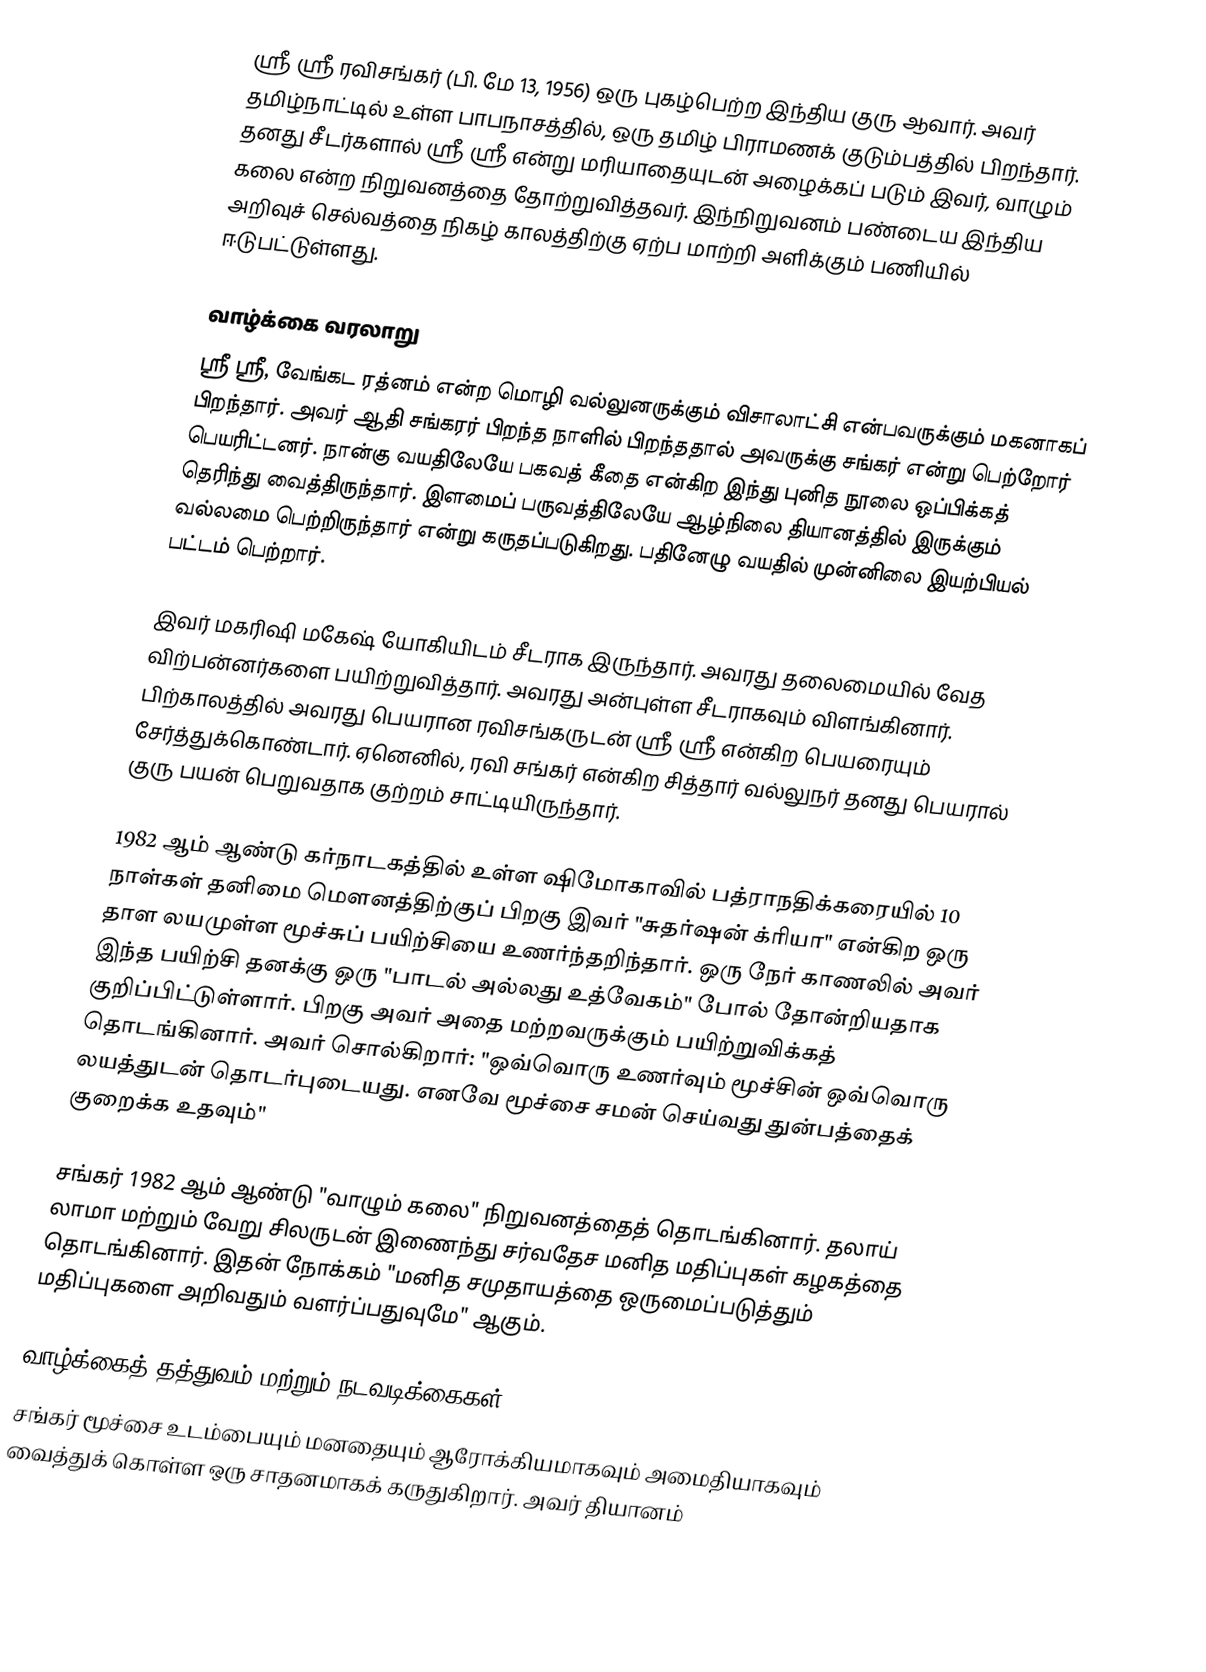
ஸ்ரீ ஸ்ரீ ரவிசங்கர் (பி. மே 13, 1956) ஒரு புகழ்பெற்ற இந்திய குரு ஆவார். அவர் தமிழ்நாட்டில் உள்ள பாபநாசத்தில், ஒரு தமிழ் பிராமணக் குடும்பத்தில் பிறந்தார். தனது சீடர்களால் ஸ்ரீ ஸ்ரீ என்று மரியாதையுடன் அழைக்கப் படும் இவர், வாழும் கலை என்ற நிறுவனத்தை தோற்றுவித்தவர். இந்நிறுவனம் பண்டைய இந்திய அறிவுச் செல்வத்தை நிகழ் காலத்திற்கு ஏற்ப மாற்றி அளிக்கும் பணியில் ஈடுபட்டுள்ளது.

வாழ்க்கை வரலாறு
ஸ்ரீ ஸ்ரீ, வேங்கட ரத்னம் என்ற மொழி வல்லுனருக்கும் விசாலாட்சி என்பவருக்கும் மகனாகப் பிறந்தார். அவர் ஆதி சங்கரர் பிறந்த நாளில் பிறந்ததால் அவருக்கு சங்கர் என்று பெற்றோர் பெயரிட்டனர். நான்கு வயதிலேயே பகவத் கீதை என்கிற இந்து புனித நூலை ஒப்பிக்கத் தெரிந்து வைத்திருந்தார். இளமைப் பருவத்திலேயே ஆழ்நிலை தியானத்தில் இருக்கும் வல்லமை பெற்றிருந்தார் என்று கருதப்படுகிறது. பதினேழு வயதில் முன்னிலை இயற்பியல் பட்டம் பெற்றார்.

இவர் மகரிஷி மகேஷ் யோகியிடம் சீடராக இருந்தார். அவரது தலைமையில் வேத விற்பன்னர்களை பயிற்றுவித்தார். அவரது அன்புள்ள சீடராகவும் விளங்கினார். பிற்காலத்தில் அவரது பெயரான ரவிசங்கருடன் ஸ்ரீ ஸ்ரீ என்கிற பெயரையும் சேர்த்துக்கொண்டார். ஏனெனில், ரவி சங்கர் என்கிற சித்தார் வல்லுநர் தனது பெயரால் குரு பயன் பெறுவதாக குற்றம் சாட்டியிருந்தார்.

1982 ஆம் ஆண்டு கர்நாடகத்தில் உள்ள ஷிமோகாவில் பத்ராநதிக்கரையில் 10 நாள்கள் தனிமை மௌனத்திற்குப் பிறகு இவர் "சுதர்ஷன் க்ரியா" என்கிற ஒரு தாள லயமுள்ள மூச்சுப் பயிற்சியை உணர்ந்தறிந்தார். ஒரு நேர் காணலில் அவர் இந்த பயிற்சி தனக்கு ஒரு "பாடல் அல்லது உத்வேகம்" போல் தோன்றியதாக குறிப்பிட்டுள்ளார். பிறகு அவர் அதை மற்றவருக்கும் பயிற்றுவிக்கத் தொடங்கினார். அவர் சொல்கிறார்: "ஒவ்வொரு உணர்வும் மூச்சின் ஒவ்வொரு லயத்துடன் தொடர்புடையது. எனவே மூச்சை சமன் செய்வது துன்பத்தைக் குறைக்க உதவும்"

சங்கர் 1982 ஆம் ஆண்டு "வாழும் கலை" நிறுவனத்தைத் தொடங்கினார். தலாய் லாமா மற்றும் வேறு சிலருடன் இணைந்து சர்வதேச மனித மதிப்புகள் கழகத்தை தொடங்கினார். இதன் நோக்கம் "மனித சமுதாயத்தை ஒருமைப்படுத்தும் மதிப்புகளை அறிவதும் வளர்ப்பதுவுமே" ஆகும்.

வாழ்க்கைத் தத்துவம் மற்றும் நடவடிக்கைகள்
சங்கர் மூச்சை உடம்பையும் மனதையும் ஆரோக்கியமாகவும் அமைதியாகவும் வைத்துக் கொள்ள ஒரு சாதனமாகக் கருதுகிறார். அவர் தியானம்